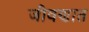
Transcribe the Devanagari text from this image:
जीवणात